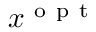
x ^ { \mathrm { ~ o ~ p ~ t ~ } }